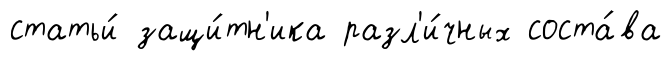
статьи́ защи́тн'ика разл'и́чных соста́ва